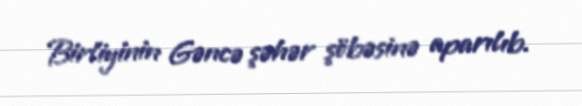
Birliyinin Gəncə şəhər şöbəsinə aparılıb.